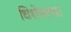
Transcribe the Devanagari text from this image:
धिशेषतया